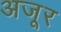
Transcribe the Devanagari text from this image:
अजूर